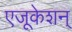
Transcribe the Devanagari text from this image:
एजूकेशन्